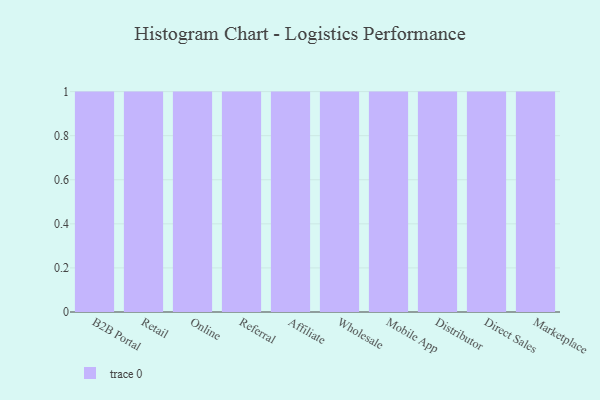
{"axis": {"x": "Channel", "y": "Net Income (USD K)"}, "legend": [""], "data": [{"x": "B2B Portal", "y": 60, "type": ""}, {"x": "Retail", "y": 14, "type": ""}, {"x": "Online", "y": 27, "type": ""}, {"x": "Referral", "y": 7, "type": ""}, {"x": "Affiliate", "y": 48, "type": ""}, {"x": "Wholesale", "y": 69, "type": ""}, {"x": "Mobile App", "y": 88, "type": ""}, {"x": "Distributor", "y": 97, "type": ""}, {"x": "Direct Sales", "y": 43, "type": ""}, {"x": "Marketplace", "y": 94, "type": ""}]}